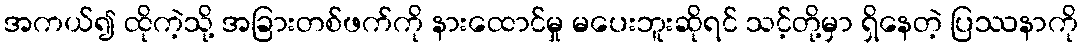
အကယ်၍ ထိုကဲ့သို့ အခြားတစ်ဖက်ကို နားထောင်မှု မပေးဘူးဆိုရင် သင့်တို့မှာ ရှိနေတဲ့ ပြဿနာကို